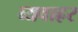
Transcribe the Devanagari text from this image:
व्यवाह्रर